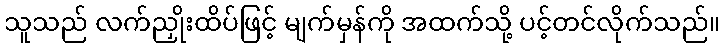
သူသည် လက်ညှိုးထိပ်ဖြင့် မျက်မှန်ကို အထက်သို့ ပင့်တင်လိုက်သည်။